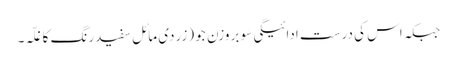
جبکہ اس کی درست ادائیگی سَو بروزن جَو (زردی مائل سفیدرنگ کا غلّہ۔